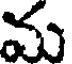
మ